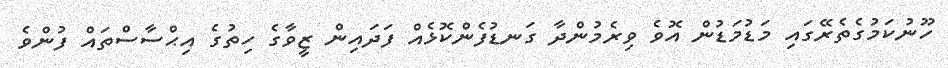
ހޫނުކަމުގެތެރޭގައި މަޑުމަޑުން އޮވެ ވިރެމުންދާ ގަނޑުފެންކޮޅެއް ފަދައިން ޒީވާގެ ހިތުގެ އިޙްސާސްތައް ފުންވެ